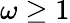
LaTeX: \omega\geq 1